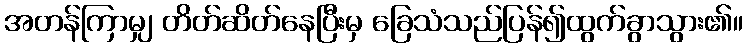
အတန်ကြာမျှ တိတ်ဆိတ်နေပြီးမှ ခြေသံသည်ပြန်၍ထွက်ခွာသွား၏။